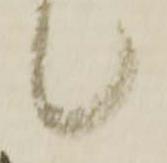
候